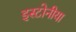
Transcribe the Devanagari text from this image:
इस्टोनीया